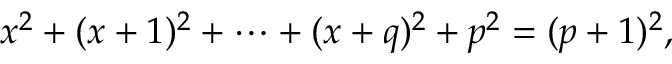
x ^ { 2 } + ( x + 1 ) ^ { 2 } + \cdots + ( x + q ) ^ { 2 } + p ^ { 2 } = ( p + 1 ) ^ { 2 } ,